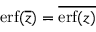
\operatorname { e r f } ( { \overline { { z } } } ) = { \overline { { \operatorname { e r f } ( z ) } } }